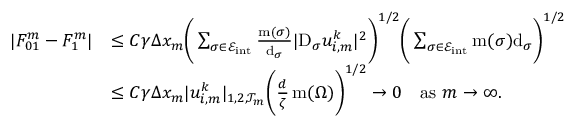
\begin{array} { r l } { | F _ { 0 1 } ^ { m } - F _ { 1 } ^ { m } | } & { \le C \gamma \Delta x _ { m } \bigg ( \sum _ { \sigma \in { \mathcal E } _ { \mathrm { i n t } } } \frac { \operatorname { m } ( \sigma ) } { { \operatorname { d } } _ { \sigma } } | \mathrm { D } _ { \sigma } u _ { i , m } ^ { k } | ^ { 2 } \bigg ) ^ { 1 / 2 } \bigg ( \sum _ { \sigma \in { \mathcal E } _ { \mathrm { i n t } } } \operatorname { m } ( \sigma ) { \operatorname { d } } _ { \sigma } \bigg ) ^ { 1 / 2 } } \\ & { \le C \gamma \Delta x _ { m } | u _ { i , m } ^ { k } | _ { 1 , 2 , { \mathcal T } _ { m } } \bigg ( \frac { d } { \zeta } \operatorname { m } ( \Omega ) \bigg ) ^ { 1 / 2 } \to 0 \quad \mathrm { a s ~ } m \to \infty . } \end{array}